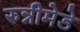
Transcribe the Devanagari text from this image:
रुन्नीमेडे